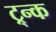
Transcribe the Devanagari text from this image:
ट्र्न्क